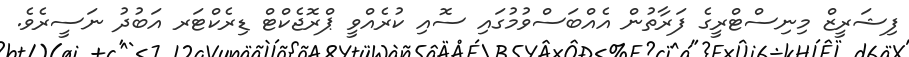
ފިޝަރީޒް މިނިސްޓްރީގެ ފަރާތުން އެއްބަސްވުމުގައި ސޮއި ކުރެއްވީ ޕްރޮޖެކްޓް ޑިރެކްޓަރ އަބުދު ނަސީރެވެ.